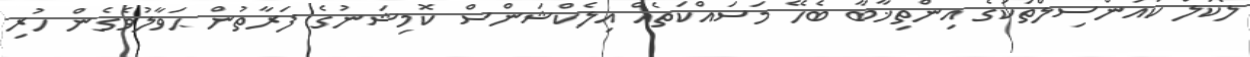
ލޯކަލް ކައުންސިލްތަކުގެ އިންތިޚާބާ ބެހޭ މަސައްކަތެއް އިލެކްޝަންސް ކޮމިޝަނުގެ ފަރާތުން ޙަވާލުވެގެން ހުރި